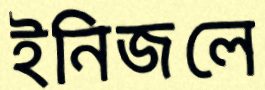
ইনিজলে